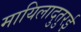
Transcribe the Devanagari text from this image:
मायिलादुतुरई